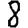
Digit: 8